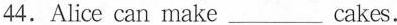
44.Alice can make___cakes.